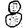
Digit: 8